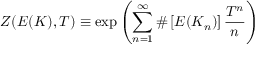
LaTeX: Z ( E ( K ) , T ) \equiv \exp \left( \sum _ { n = 1 } ^ { \infty } \# \left[ E ( K _ { n } ) \right] { \frac { T ^ { n } } { n } } \right)